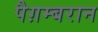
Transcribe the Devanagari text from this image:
पैग़म्बरान